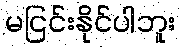
မငြင်းနိုင်ပါဘူး